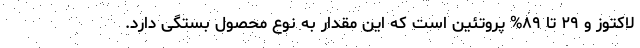
لاکتوز و ۲۹ تا ۸۹% پروتئین است که این مقدار به نوع محصول بستگی دارد.